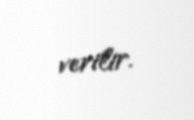
verilir.